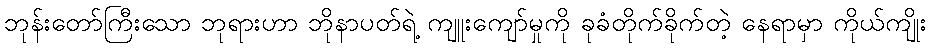
ဘုန်းတော်ကြီးသော ဘုရားဟာ ဘိုနာပတ်ရဲ့ ကျူးကျော်မှုကို ခုခံတိုက်ခိုက်တဲ့ နေရာမှာ ကိုယ်ကျိုး